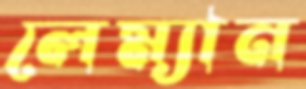
লেম্যান